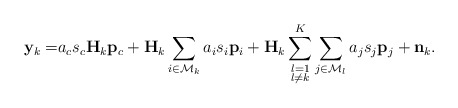
\begin{align*}\mathbf{y}_k=&a_c s_c \mathbf{H}_k\mathbf{p}_c+ \mathbf{H}_k\sum_{i\in \mathcal{M}_k}a_i s_i\mathbf{p}_i+\mathbf{H}_k\sum\limits_{\substack{l=1\\l \neq k}}^{K}\sum\limits_{j\in \mathcal{M}_l}a_j s_j\mathbf{p}_j+ \mathbf{n}_k.\end{align*}